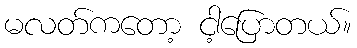
မလတ်ကတော့ ငါ့ပြောတယ်။